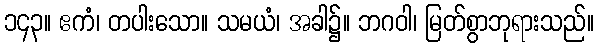
၁၄၃။ ဧကံ၊ တပါးသော။ သမယံ၊ အခါ၌။ ဘဂဝါ၊ မြတ်စွာဘုရားသည်။